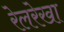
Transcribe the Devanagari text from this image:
रेलरेखा